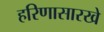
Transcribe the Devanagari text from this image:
हरिणासारखे